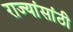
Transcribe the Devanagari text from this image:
राज्यांसांठी